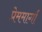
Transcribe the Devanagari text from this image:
प्रेममार्गा